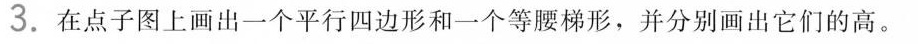
3.在点子图上画出一个平行四边形和一个等腰梯形，并分别画出它们的高。